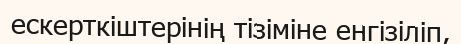
ескерткіштерінің тізіміне енгізіліп,